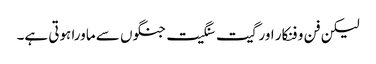
لیکن فن و فنکار اور گیت سنگیت جنگوں سے ماورا ہوتی ہے۔